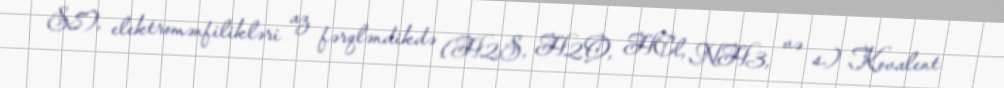
S8), elektromənfilikləri az fərqləndikdə (H2S, H2O, HCl, NH3, və s.) Kovalent